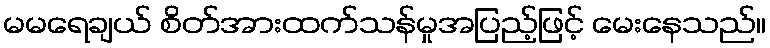
မမရေချယ် စိတ်အားထက်သန်မှုအပြည့်ဖြင့် မေးနေသည်။